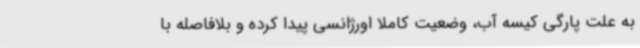
به علت پارگی کیسه آب، وضعیت کاملا اورژانسی پیدا کرده و بلافاصله با